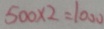
5 0 0 \times 2 = 1 0 0 0